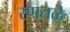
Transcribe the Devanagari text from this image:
रणतळे